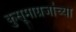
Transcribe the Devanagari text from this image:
कुसूमाग्रजांच्‍या